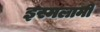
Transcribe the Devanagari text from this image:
इस्मलामी